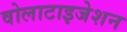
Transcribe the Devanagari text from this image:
वोलाटाइजेशन